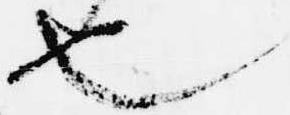
也